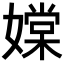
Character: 𡡢